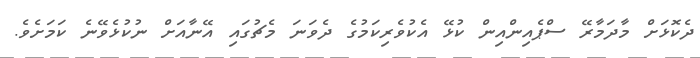
ދެކޮޅަށް މާދަމާރޭ ސްޕެއިންއިން ކުޅޭ އެކުވެރިކަމުގެ ދެވަނަ މެޗުގައި އޭނާއަށް ނުކުޅެވޭނެ ކަމަށެވެ.